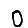
Digit: 0